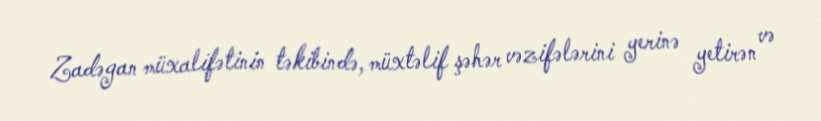
Zadəgan müxalifətinin təkibində, müxtəlif şəhər vəzifələrini yerinə yetirən və